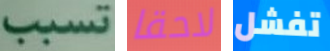
تسبب لاحقا تفشل